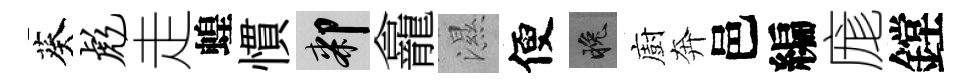
葵彪走蝗慣膝龕濕便晚廚奔邑編庬鏜